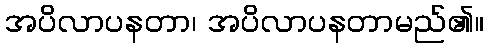
အပိလာပနတာ၊ အပိလာပနတာမည်၏။